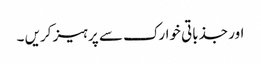
اور جذباتی خوارک سے پرہیز کریں ۔